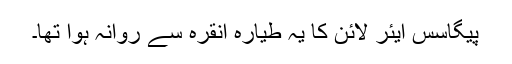
پیگاسس ایئر لائن کا یہ طیارہ انقرہ سے روانہ ہوا تھا۔